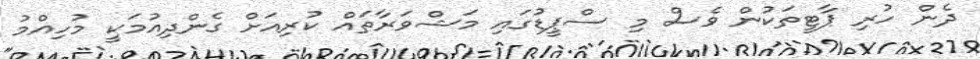
ދެން ހުރި ޕާޓީތަކުން ވެސް މި ސްޕީޑުގައި މަޝްވަރާތައް ކުރިއަށް ގެންދިއުމަކީ މުހިއްމު